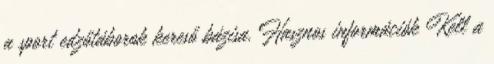
a sport edzőtáborok kereső bázisa. Hasznos információk Kell a